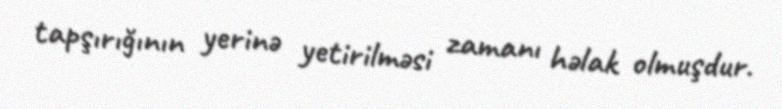
tapşırığının yerinə yetirilməsi zamanı həlak olmuşdur.